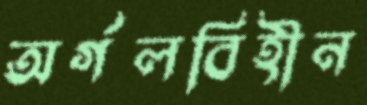
অর্গলবিহীন